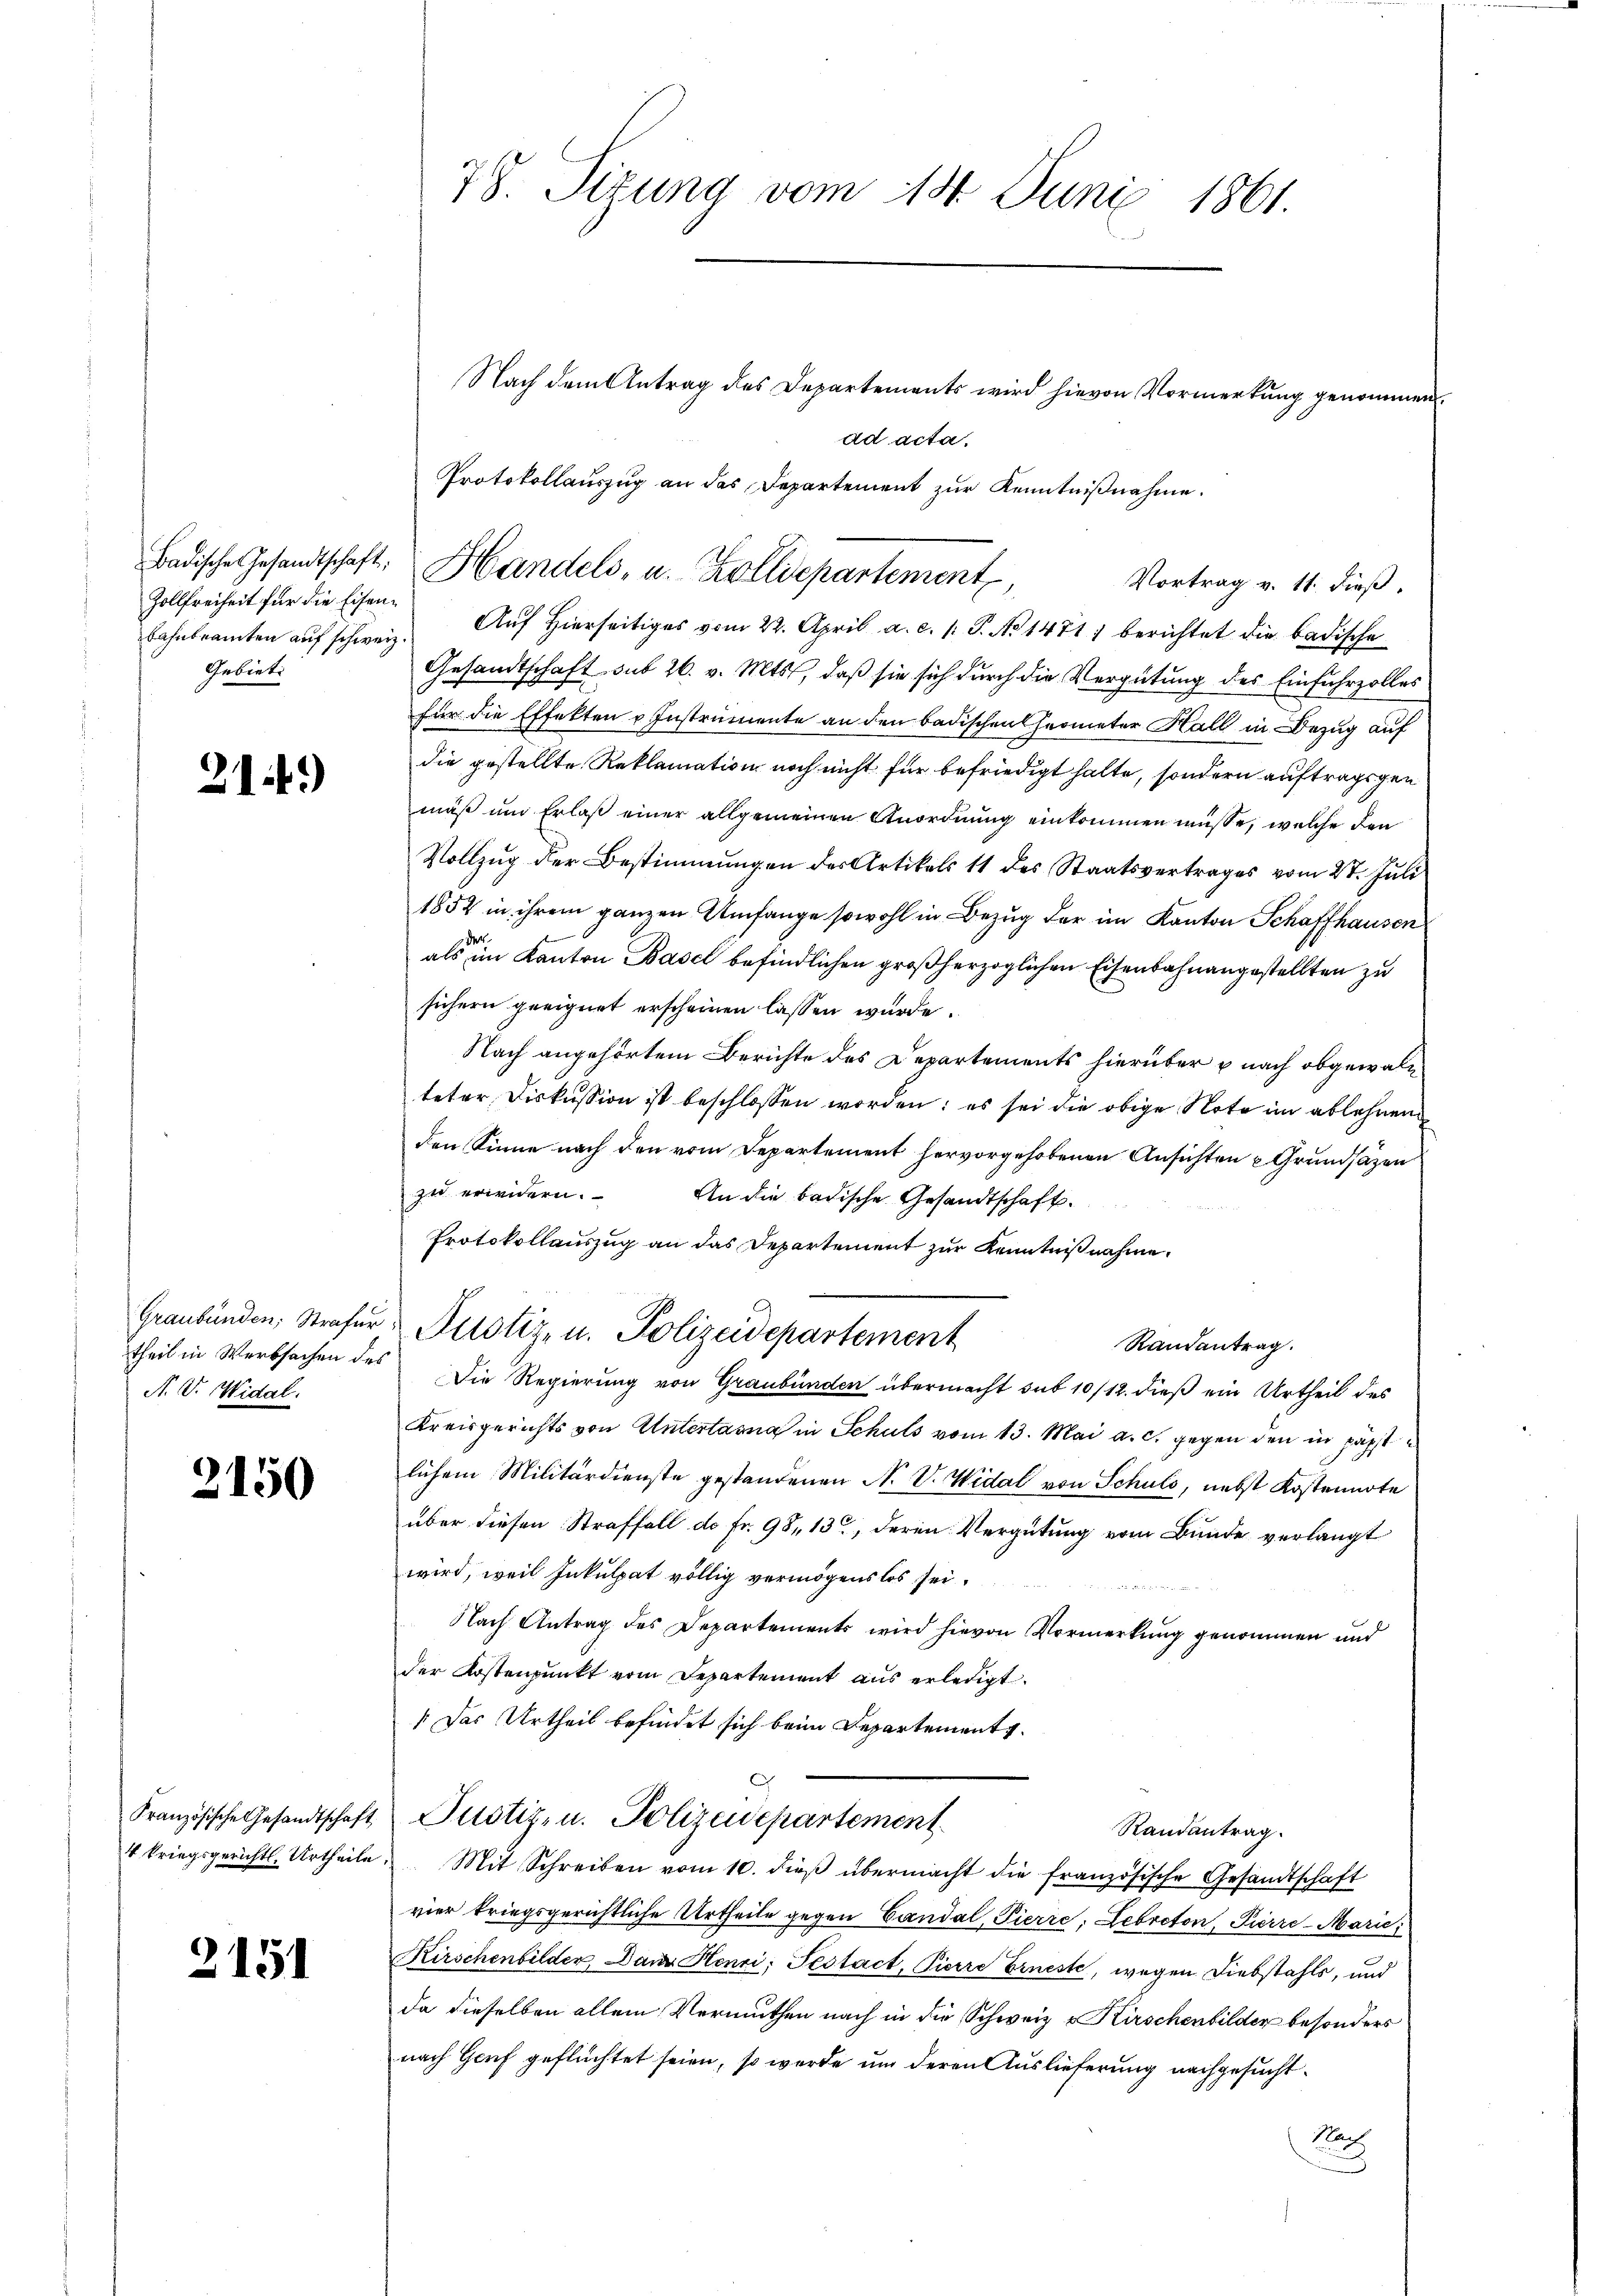
Zollfreiheit für die Eisen¬
Gebieti

2.

)

N. V. Widal.

2150

2151

78. Sizung vom 18. Juni 1861.

Nach dem Antrag des Departements wird hievon Vormerkung genommen.
ad acta.
Protokollauszug an das Departement zur Kenntnißnahme.
Badische Gesandtschaft: Handels, u. Zolldepartement,
Vortrag v. 11. dieß,
bahnbeamten aŭf schweiz. Auf hierseitiges vom 22. April a. c. 1 S. No 1471) berichtet die badische
Gesandtschaft sub 26. v. Mts., daß sie sich durch die Vergütung des Einfuhrzolles
für die Effekten v. Instrumente an den badischen Geometer Hall in Bezug auf
die gestellte Reklamation noch nicht für befriedigt hatte, sondern auftragsgen
mäß und Erlaß einer allgemeinen Anordnung einkommen müsse, welche den
Vollzug der Bestimmungen des Artikels 11 des Staatsvertrages vom 27. Juli
1852 in ihrem ganzen Umfange sowohl in Bezug der im Kanton Schaffhausen
als im Kanton Basel befindlichen großherzoglichen Eisenbahnangestellten zu
sichern geeignet erscheinen lassen würde.
Nach angehörtem Berichte des Departements hierüber u nach obgewalteter Diskussion ist beschlossen worden: es sei die obige Note im ablehnen
den Sinne nach den vom Departement hervorgehobenen Ansichten Grundsätzen
zu erwidern.
An die badische Gesandtschaft.
Protokollauszug an das Departement zur Kenntnißnahme.
Graubünden, Strafer Justiz- u. Polizeidepartement
Randantrag.
theil in Werbsachen des Die Regierung von Graubünden übermacht sub 10/12. dieß ein Urtheil des
Kreisgerichts von Untertasna in Schuls vom 13. Mai a. c. gegen den in päpstlichem Militärdienste gestandenen N. V. Widal von Schuld, nebst Kostenarte
über diesen Straffall do Fr. 98, 13, deren Vergütung vom Bunde verlangt
wird, weil Inkulpat völlig vermögenslos sei.

Nach Antrag des Departements wird hievon Vormerkung genommen und
der Kostenpunkt vom Departement aus erledigt.
[Das Urtheil befindet sich beim Departement.
Französische Gesandtschaft Pustiz- u. Polizeidepartement
Randantrag.
4 kriegsgericht. Urtheile. Mit Schreiben vom 10. dieβ übermacht die französische Gesandtschaft
vier kriegsgerichtliche Urtheile gegen Candal, Pierre, Lebreton, Pierre-Marie
Kirschenbilder Dann Henri; Testact, Pierre Erneste, wegen Diebstahls, und
da dieselben allein Vermuthen nach in die Schweiz & Kirschenbilder besonders
nach Genf geflüchtet seien, so werde um deren Auslieferung nachgesucht.
No